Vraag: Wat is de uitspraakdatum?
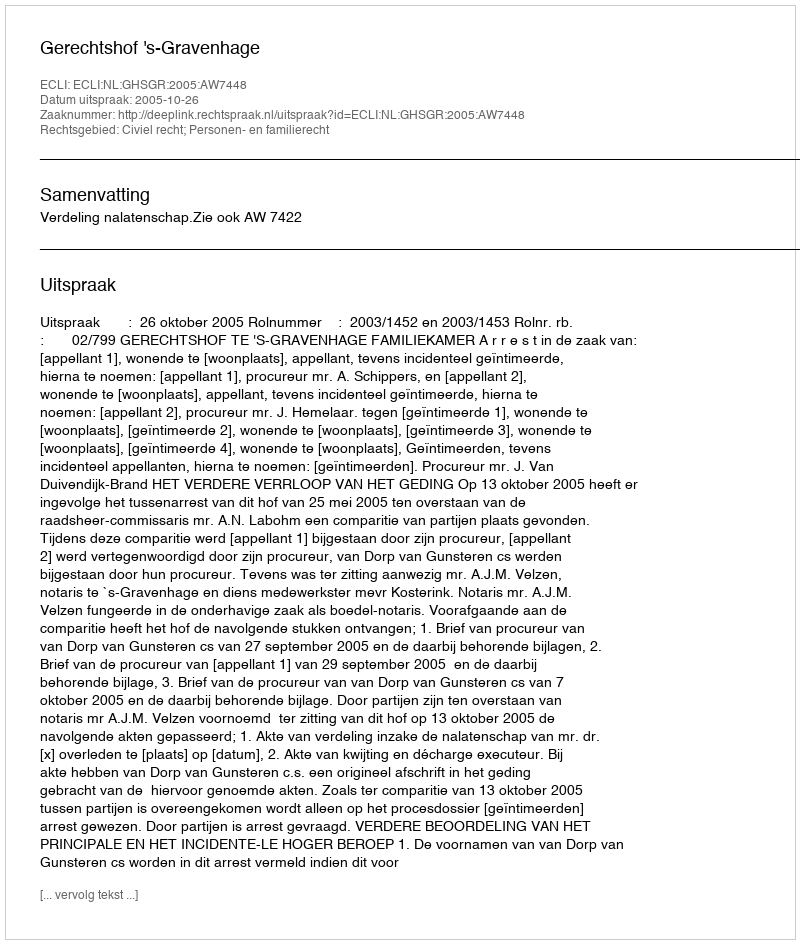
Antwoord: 2005-10-26